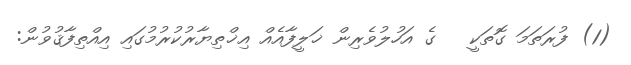
(1) ފުރަތަމަ ގޮތަކީ   ގެ އަހުލުވެރިން ޚަލީފާއެއް އިޚްތިޔާރުކުރުމުގައި އިއްތިފާޤުވުން: